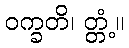
ဝက္ခတိ၊ တ္တံ့။